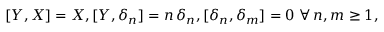
[ Y , X ] = X , [ Y , \delta _ { n } ] = n \, \delta _ { n } , [ \delta _ { n } , \delta _ { m } ] = 0 \ \forall \, n , m \geq 1 ,